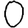
Digit: 0